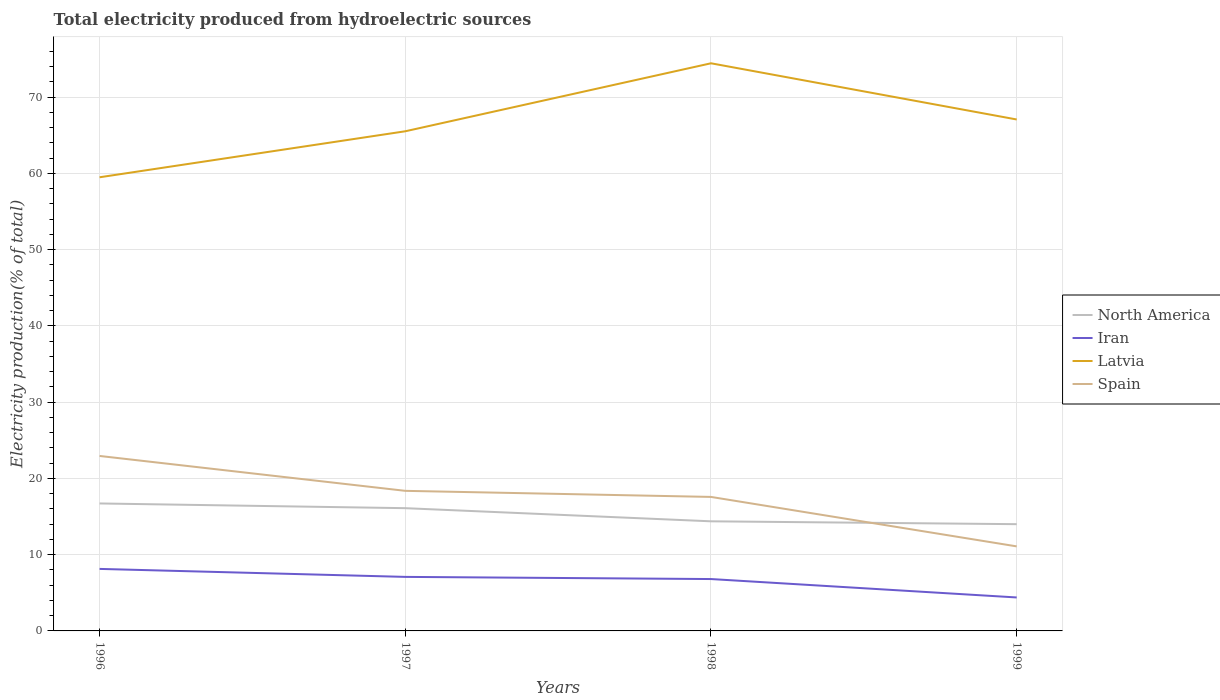
| Years | North America | Iran | Latvia | Spain |
 | --- | --- | --- | --- | --- |
 | 1996 | 16.7 | 8.13 | 59.5 | 22.9 |
 | 1997 | 16.1 | 7.09 | 65.5 | 18.4 |
 | 1998 | 14.4 | 6.8 | 74.5 | 17.6 |
 | 1999 | 14 | 4.39 | 67.1 | 11.1 |